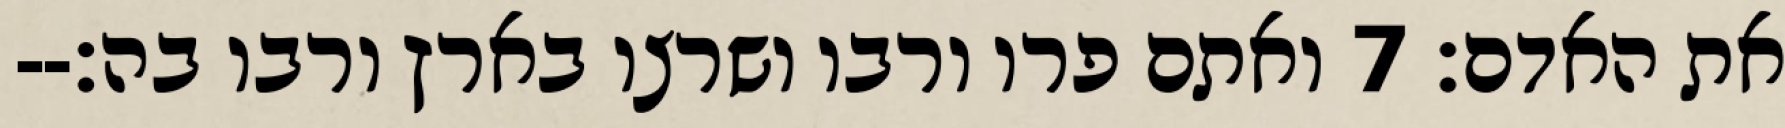
את האדם׃ ‎7‏ ואתם פרו ורבו ושרצו בארץ ורבו בה׃--